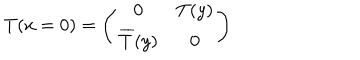
T ( x = 0 ) = \left( \begin{array} { c c } { { 0 } } & { { T ( y ) } } \\ { { \overline { { { T } } } ( y ) } } & { { 0 } } \\ \end{array} \right)